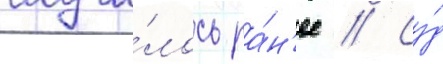
случи́лось ра́н'ее // Су́д